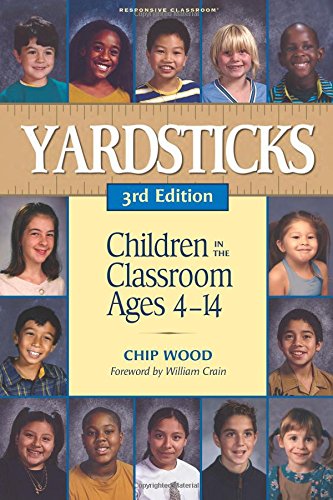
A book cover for Yardsticks: Children in the Classroom Ages 4-14; Chip Wood; Education & Teaching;